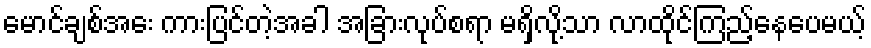
မောင်ချစ်အေး ကားပြင်တဲ့အခါ အခြားလုပ်စရာ မရှိလို့သာ လာထိုင်ကြည့်နေပေမယ့်